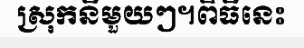
ស្រុកនីមួយៗ។ពិធីនេះ